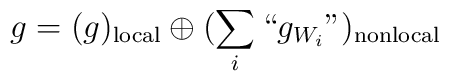
g=(g)_{\rm local}\oplus(\sum_i``g_{W_i}")_{\rm nonlocal}